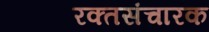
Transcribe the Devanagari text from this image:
रक्तसंचारक